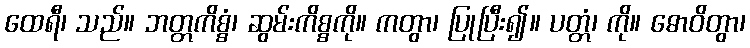
ထေရီ၊ သည်။ ဘတ္တကိစ္စံ၊ ဆွမ်းကိစ္စကို။ ကတွာ၊ ပြုပြီး၍။ ပတ္တံ၊ ကို။ ဓောဝိတွာ၊